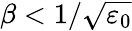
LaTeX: \beta<1/\sqrt{\varepsilon_{0}}